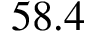
5 8 . 4